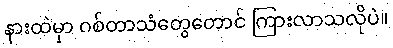
နားထဲမှာ ဂစ်တာသံတွေတောင် ကြားလာသလိုပဲ။